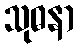
သုဓနာ